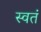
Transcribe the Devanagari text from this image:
स्वतं